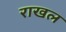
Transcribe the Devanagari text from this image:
राखल